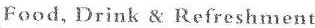
Food, Drink & Refreshment